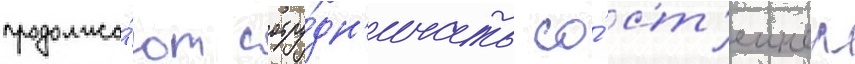
продолжа́ют сотру́дн'ичать со́ ст'еином